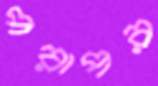
পরাপর